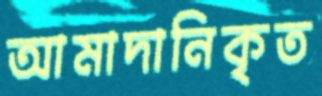
আমাদানিকৃত